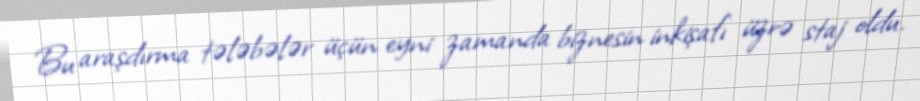
Bu araşdırma tələbələr üçün eyni zamanda biznesin inkişafı üzrə staj oldu.